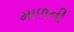
માળની